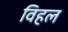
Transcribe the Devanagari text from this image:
विहल